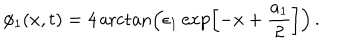
\phi _ { 1 } ( x , t ) = 4 \operatorname { a r c t a n } \left( \epsilon _ { 1 } \exp \left[ - x + \frac { a _ { 1 } } { 2 } \right] \right) \, .